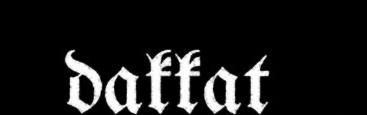
dakkat